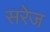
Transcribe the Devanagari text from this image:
सरेज